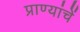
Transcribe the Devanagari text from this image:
प्राण्यांचें